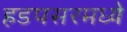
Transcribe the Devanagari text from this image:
हडपसरमध्ये